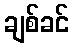
ချစ်ခင်